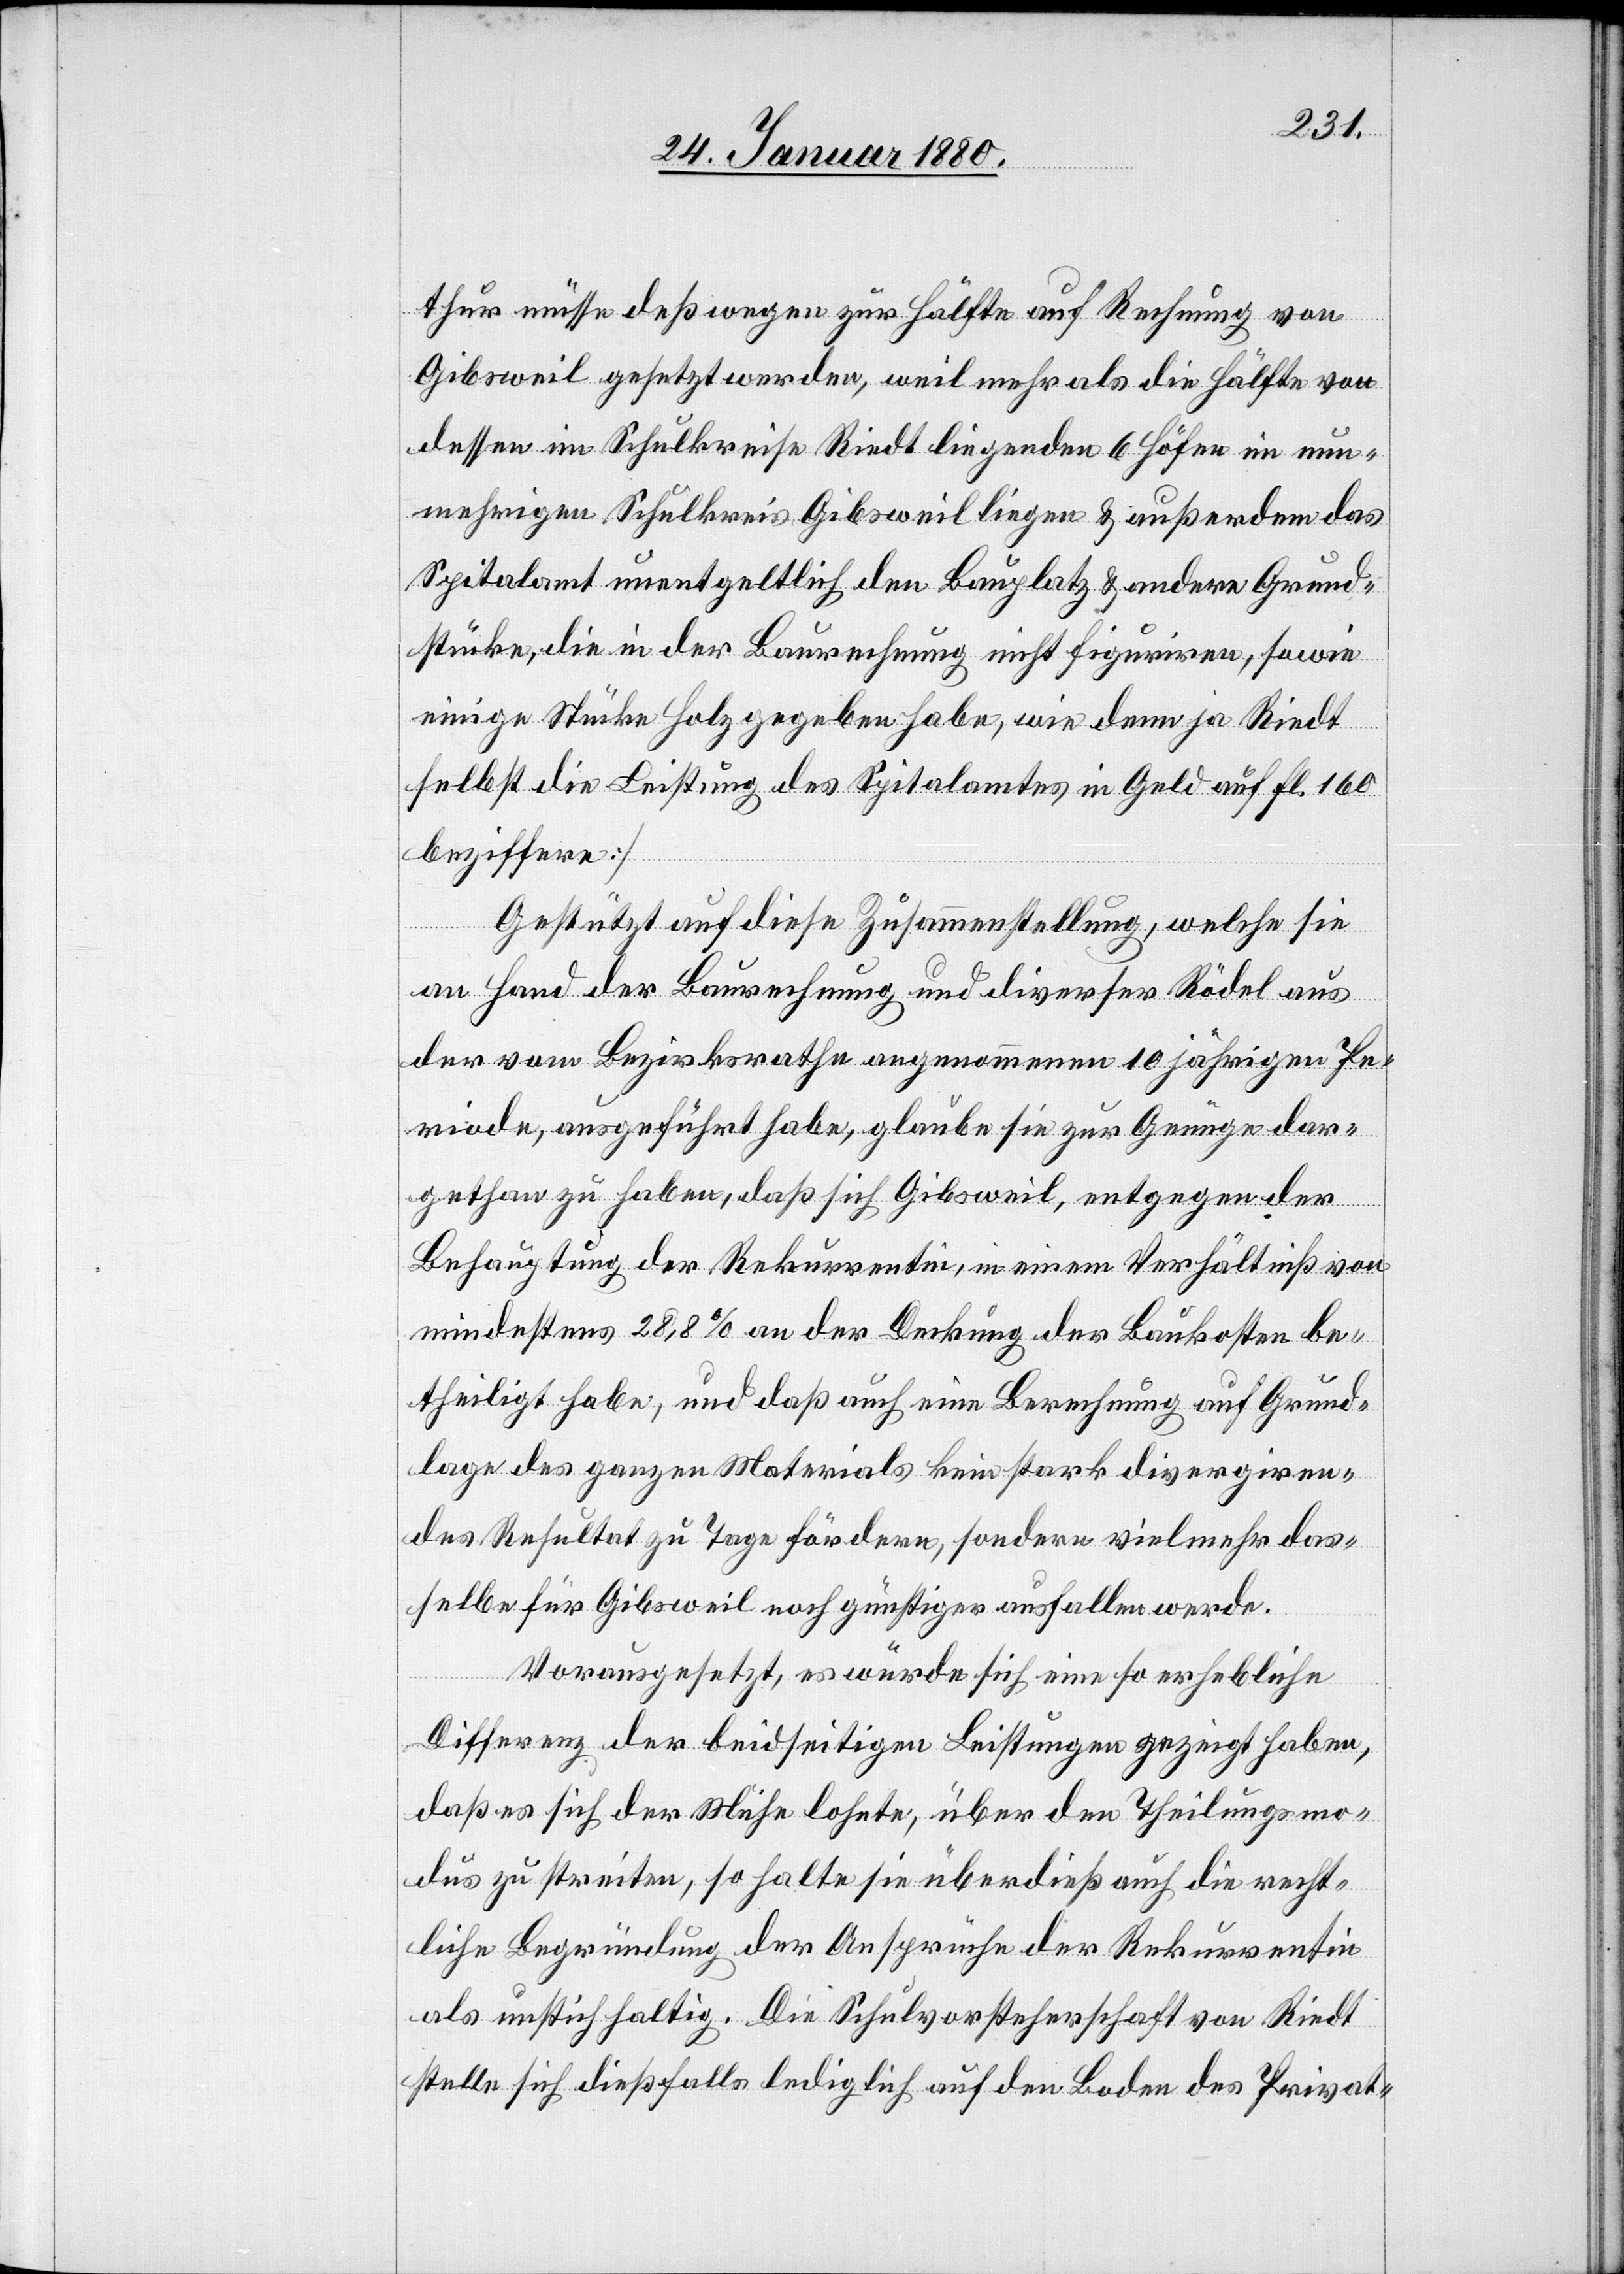
thur müsse deßwegen zur Hälfte auf Rechnung von
Gibsweil gesetzt werden, weil mehr als die Hälfte von
dessen im Schulkreis Riedt liegenden 6 Höfen im nun¬
mehrigen Schulkreis Gibsweil liegen & außerdem das
Spitalamt unentgeltlich den Bauplatz & andere Grund¬
stücke, die in der Baurechnung nicht figuriren, sowie
einige Stücke Holz gegeben habe, wie denn ja Riedt
selbst die Leistung des Spitalamtes in Geld auf fl. 160
beziffere]
Gestützt auf diese Zusammenstellung, welche sie
an Hand der Baurechnung und diverser Rödel aus
der vom Bezirksrathe angenommenen 10 jährigen Pe¬
riode, ausgeführt habe, glaube sie zur Genüge dar¬
gethan zu haben, daß sich Gibsweil, entgegen der
Behauptung der Rekurrentin, in einem Verhältniß von
mindestens 28,8 % an der Deckung der Baukosten be¬
theiligt habe, und daß auch eine Berechnung auf Grund¬
lage des ganzen Materials kein stark divergiren¬
des Resultat zu Tage fördere, sondern vielmehr das¬
selbe für Gibsweil noch günstiger ausfallen werde.
Vorausgesetzt, es würde sich eine so erhebliche
Differenz der beidseitigen Leistungen gezeigt haben,
daß es sich der Mühe lohnte, über den Theilungsmo¬
dus zu streiten, so halte sie überdieß auch die recht¬
liche Begründung der Ansprüche der Rekurrentin
als unstichhaltig. Die Schulvorsteherschaft von Riedt
stelle sich dießfalls lediglich auf den Boden des Privat-